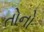
તોનો